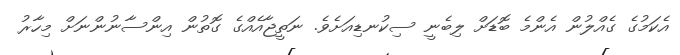
އެކަމުގެ ގެއްލުން އެންމެ ބޮޑަށް ލިބެނީ ސިކުނޑިއަށެވެ. ނަތީޖާއެއްގެ ގޮތުން އިންސާނުންނަށް މިހާރު